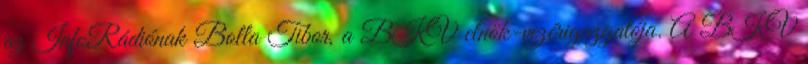
az InfoRádiónak Bolla Tibor, a BKV elnök-vezérigazgatója. A BKV